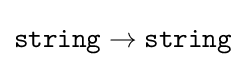
{\texttt {string}}\rightarrow {\texttt {string}}